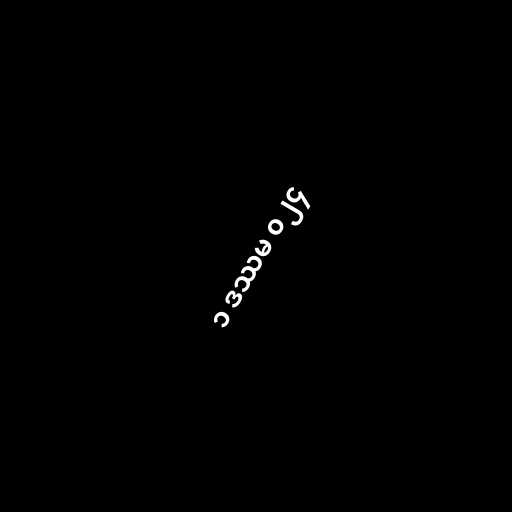
၁ ဒဿမ ၀၂၄